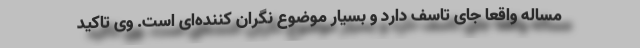
مساله واقعا جای تاسف دارد و بسیار موضوع نگران کننده‌ای است. وی تاکید